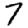
Digit: 7